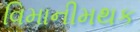
વિમાનીમથક